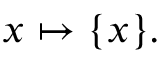
x \mapsto \{ x \} .